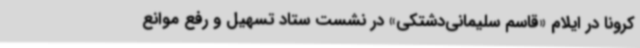
کرونا در ایلام «قاسم سلیمانی‌دشتکی» در نشست ستاد تسهیل و رفع موانع